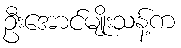
ဦးအောင်မျိုးသန့်က